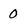
Character: 0